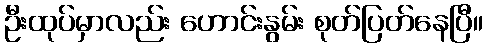
ဦးထုပ်မှာလည်း ဟောင်းနွမ်း စုတ်ပြတ်နေပြီ။